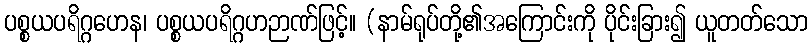
ပစ္စယပရိဂ္ဂဟေန၊ ပစ္စယပရိဂ္ဂဟဉာဏ်ဖြင့်။ (နာမ်ရုပ်တို့၏အကြောင်းကို ပိုင်းခြား၍ ယူတတ်သော